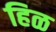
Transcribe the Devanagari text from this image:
हिळ